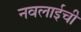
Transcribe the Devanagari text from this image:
नवलाईची